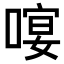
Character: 𠻈